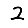
Digit: 2